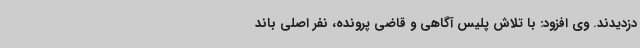
دزدیدند. وی افزود: با تلاش پلیس آگاهی و قاضی پرونده، نفر اصلی باند